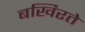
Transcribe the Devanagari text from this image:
बखिरते